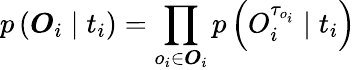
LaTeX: p\left(\boldsymbol{O}_{i}\mid t_{i}\right)=\prod_{o_{i}\in\boldsymbol{O}_{i}}p\left(O_{i}^{\tau_{o_{i}}}\mid t_{i}\right)